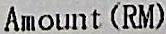
AMOUNT (RM)